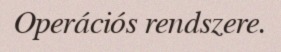
Operációs rendszere.